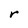
Character: r